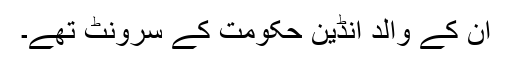
ان کے والد انڈین حکومت کے سرونٹ تھے۔